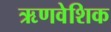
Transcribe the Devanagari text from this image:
ऋणवेशिक